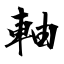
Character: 軸